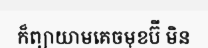
ក៏ព្យាយាមគេចមុខប៊ី មិន